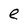
Character: e